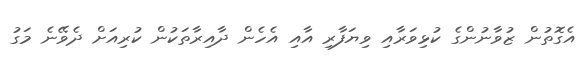
އެގޮތުން ޒުވާނުންގެ ކުޅިވަރާއި ވިޔަފާރި އާއި އެހެން ދާއިރާތަކުން ކުރިއަށް ދެވޭނެ މަގު